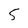
Character: 5